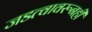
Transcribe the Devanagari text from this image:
जडत्वावरूनही